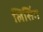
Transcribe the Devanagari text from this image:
लिसिंग